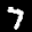
Label: 7